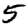
Digit: 5